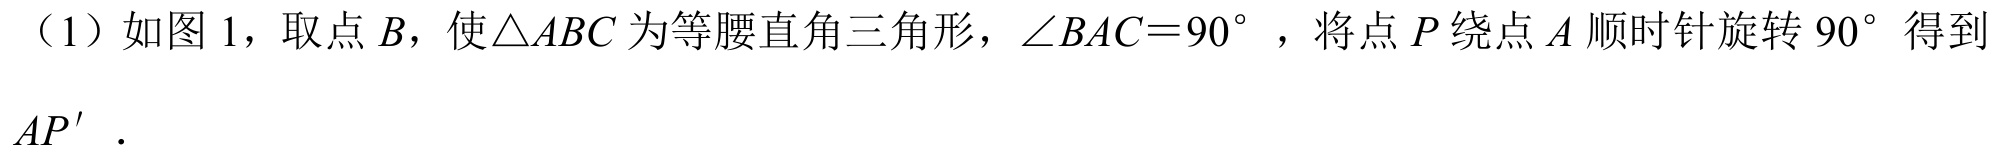
（1）如图 1，取点\(B\)，使\(\triangle ABC\)为等腰直角三角形，\(\angle BAC = 90^{\circ}\)，将点\(P\)绕点\(A\)顺时针旋转\(90^{\circ}\)得到\(AP'\)．